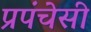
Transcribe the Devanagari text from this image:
प्रपंचेसी